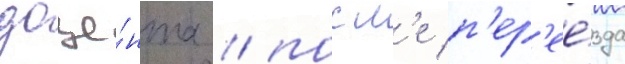
доце́нта / посл'е п'ер'ее́зда